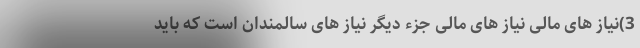
3)نیاز های مالی نیاز های مالی جزء دیگر نیاز های سالمندان است که باید